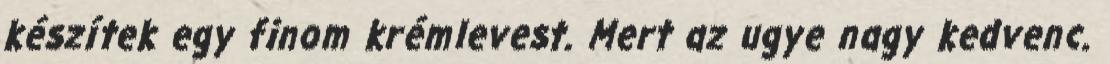
készítek egy finom krémlevest. Mert az ugye nagy kedvenc.